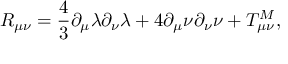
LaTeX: R _ { \mu \nu } = \frac { 4 } { 3 } \partial _ { \mu } \lambda \partial _ { \nu } \lambda + 4 \partial _ { \mu } \nu \partial _ { \nu } \nu + T _ { \mu \nu } ^ { M } ,